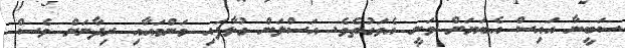
ސަބީނާ އައިސް އެބަޔަށް ވަނީ އެވަގުތެވެ. އަސްލަން ގުޅާފައި މަންމައާއި ރިދާނަށް ވެސް